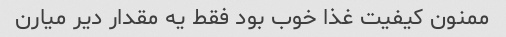
ممنون کیفیت غذا خوب بود فقط یه مقدار دیر میارن